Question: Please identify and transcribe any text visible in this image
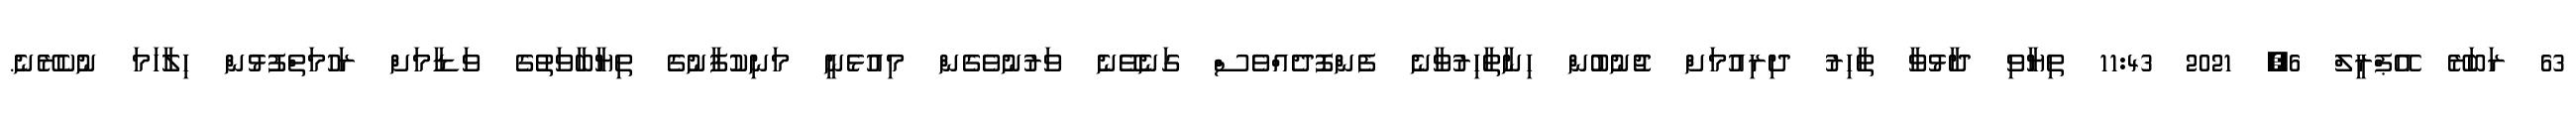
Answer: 63 ރަބަރޭ އޭޕްރީލް 6, 2021 11:43 ތިޔާވި ދާޅުވާ ތާހިރު ދިރިއުމަށް ޖުނުބުން ހިނާތާހިރުވާނެ ފެންފޮދެއްވެސް ގަނެވޭނެ ވަރުނުވެގެން މިއުޅެނީ މަނިކުފާނުގެ ތިޔާބާވަތުގެ ވަޑާމަށް ރަހުމަތްފުޅުން ހިލާހަމަ ނުކެރޭނެ.